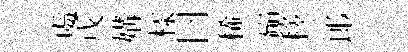
䖏戊媾樣曰稀巔移郎